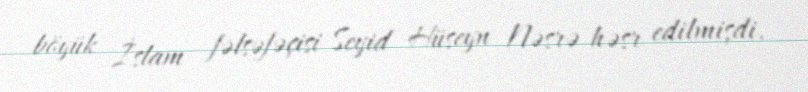
böyük İslam fəlsəfəçisi Seyid Hüseyn Nəsrə həsr edilmişdi.